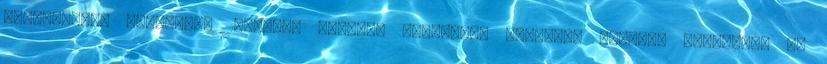
drámaelemző kritikus. 1897-ben Richard Mansfield amerikai színész bemutatta Az